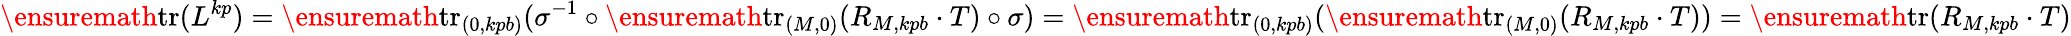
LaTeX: \ensuremath{\mathrm{tr}}(L^{kp})=\ensuremath{\mathrm{tr}}_{(0,kpb)}(\sigma^{-1}\circ\ensuremath{\mathrm{tr}}_{(M,0)}(R_{M,kpb}\cdot T)\circ\sigma)=\ensuremath{\mathrm{tr}}_{(0,kpb)}(\ensuremath{\mathrm{tr}}_{(M,0)}(R_{M,kpb}\cdot T))=\ensuremath{\mathrm{tr}}(R_{M,kpb}\cdot T)